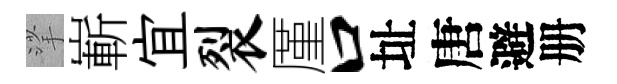
挲嶄宜裂厪口址唐避册